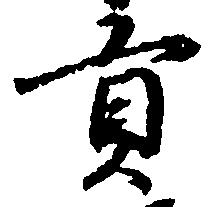
貢